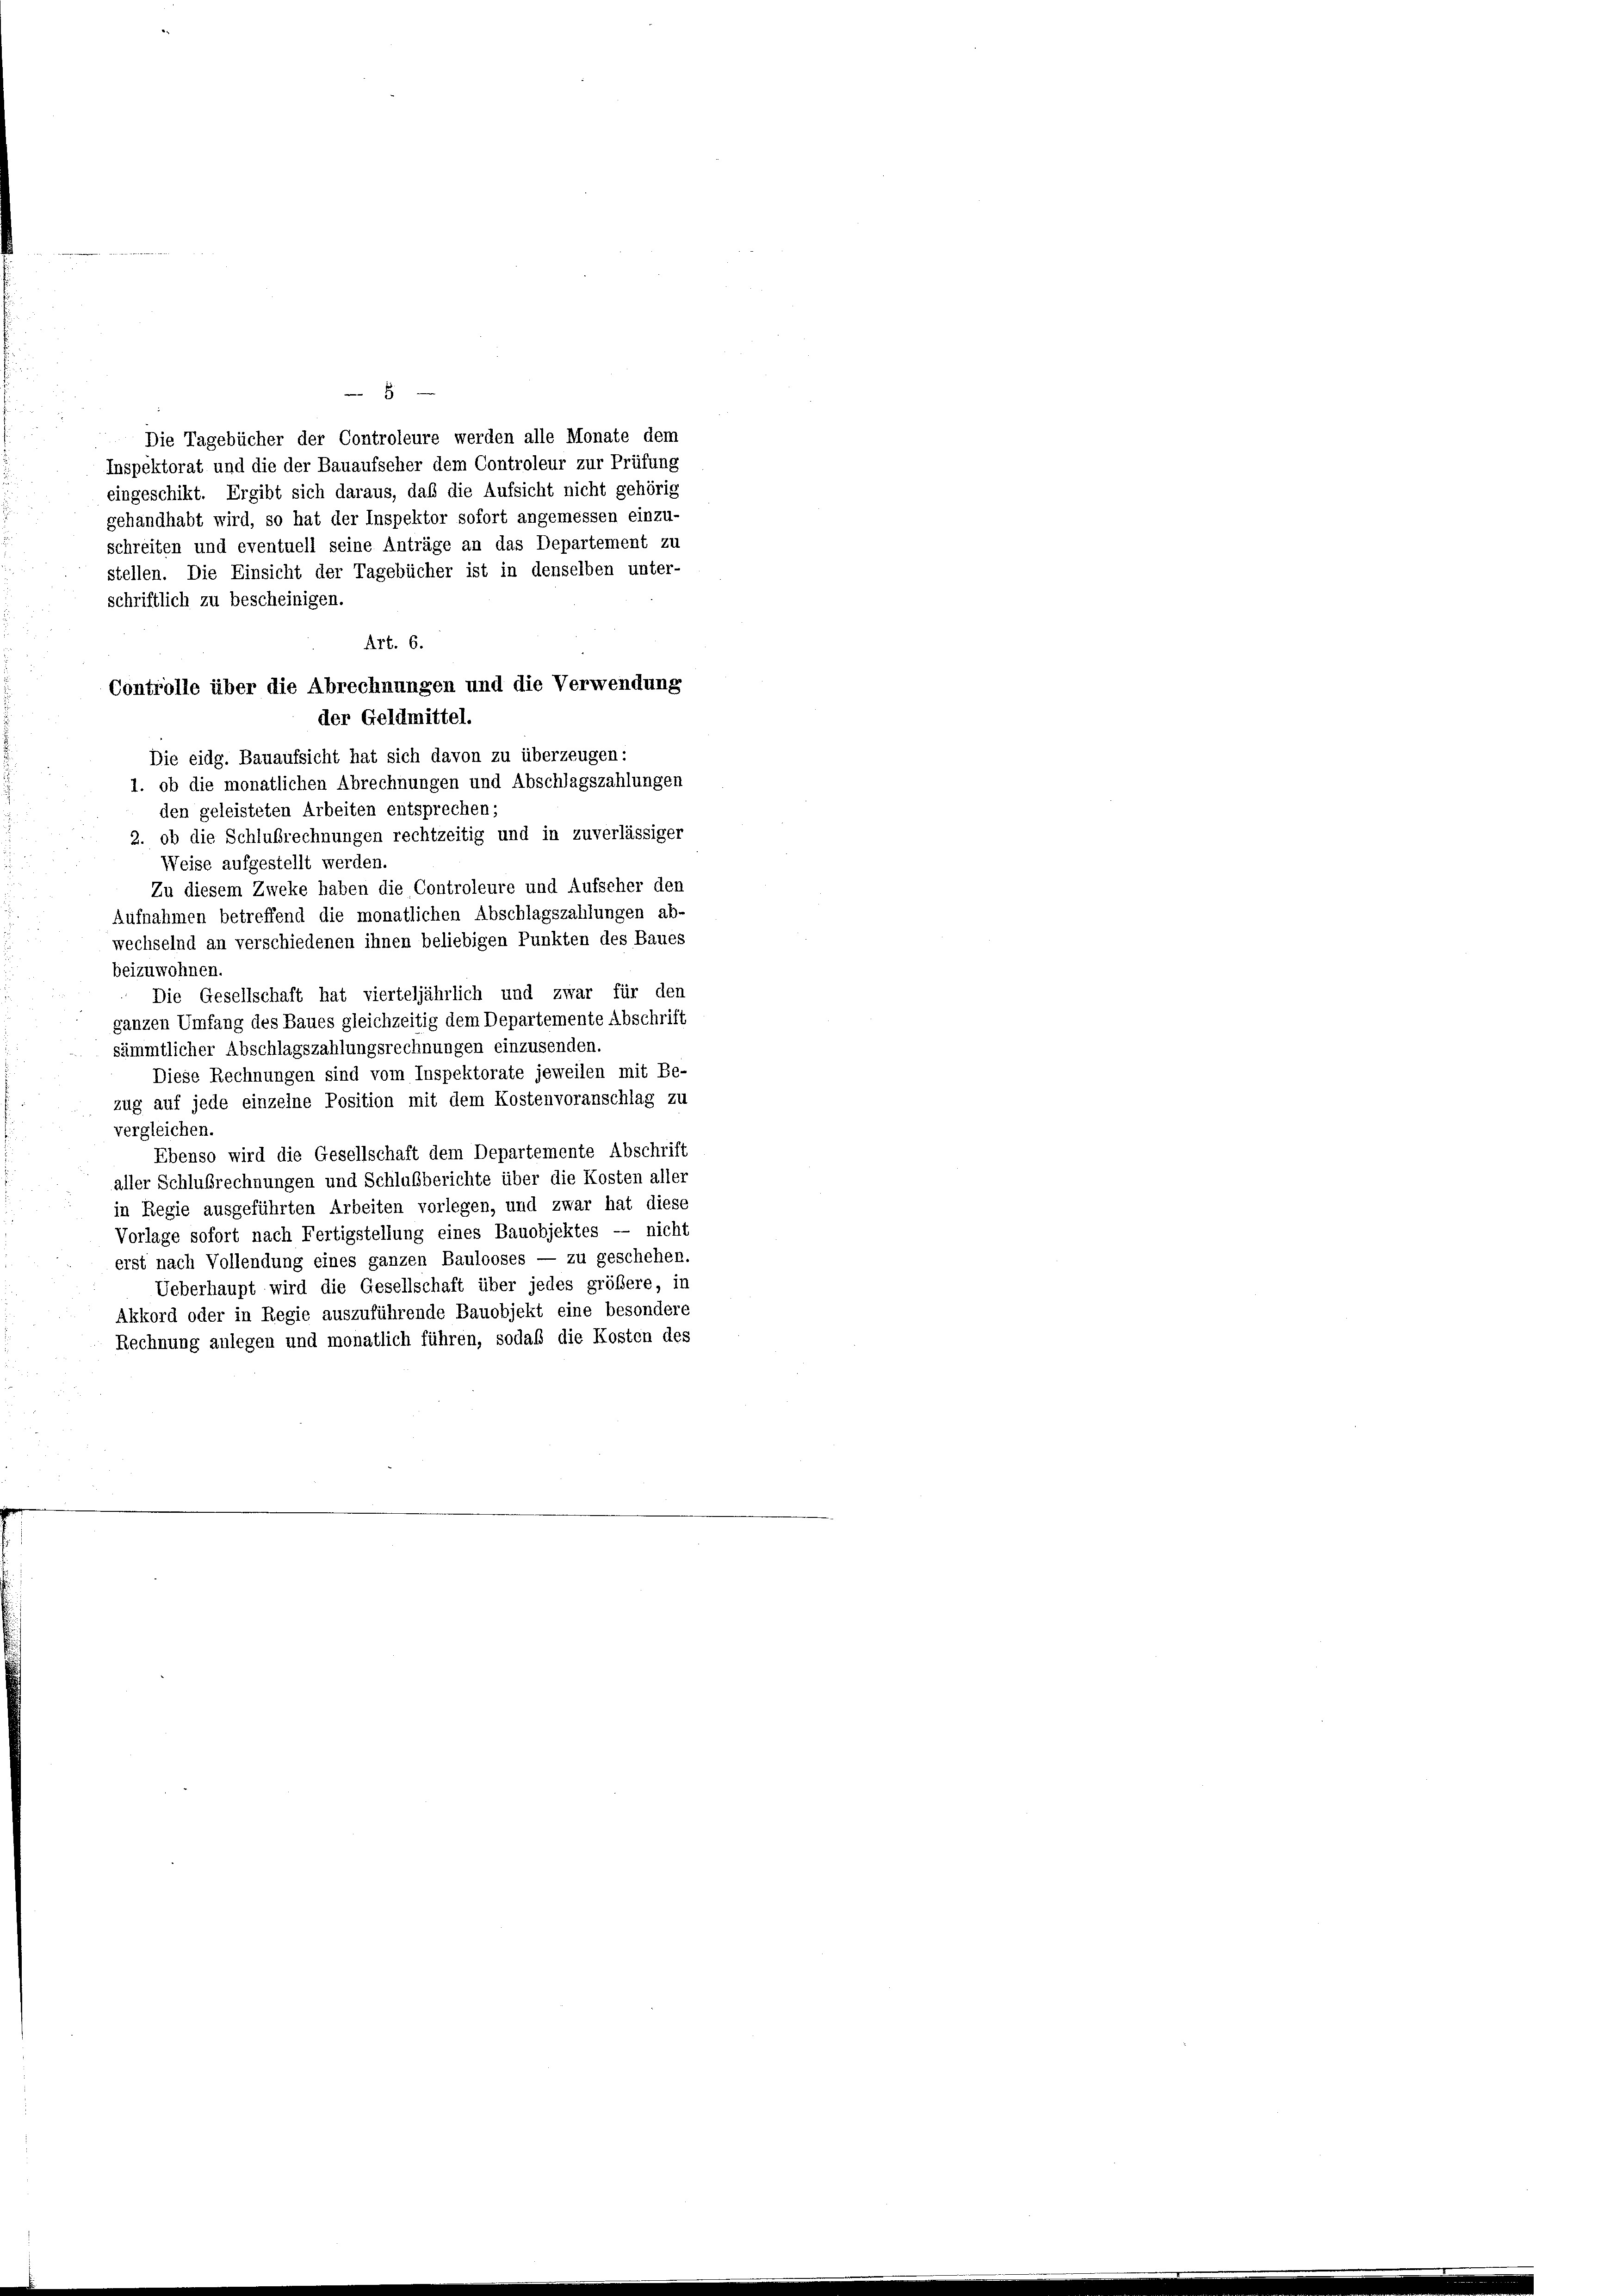
5
Die Tagebücher der Controleure werden alle Monate dem
Inspektorat und die der Bauaufseher dem Controleur zur Prüfung
eingeschikt. Ergibt sich daraus, daß die Aufsicht nicht gehörig
gehandhabt wird, so hat der Inspektor sofort angemessen einzu-
schreiten und eventuell seine Anträge an das Departement zu
stellen. Die Einsicht der Tagebücher ist in denselben unter-
Aufnahmen betreffend die monatlichen Abschlagszahlungen ab-
wechselnd an verschiedenen ihnen beliebigen Punkten des Baues
beizuwohnen.
Die Gesellschaft hat vierteljährlich und zwar für den
ganzen Umfang des Baues gleichzeitig dem Departemente Abschrift
sämmtlicher Abschlagszahlungsrechnungen einzusenden.
Diese Rechnungen sind vom Inspektorate jeweilen mit Be-
zug auf jede einzelne Position mit dem Kostenvoranschlag zu
vergleichen.
Ebenso wird die Gesellschaft dem Departemente Abschrift
aller Schlußrechnungen und Schlußberichte über die Kosten aller
in Regie ausgeführten Arbeiten vorlegen, und zwar hat diese
Vorlage sofort nach Fertigstellung eines Bauobjektes — nicht
erst nach Vollendung eines ganzen Baulooses — zu geschehen.
Ueberhaupt wird die Gesellschaft über jedes größere, in
Akkord oder in Regie auszuführende Bauobjekt eine besondere
Rechnung anlegen und monatlich führen, sodaß die Kosten des

Art. 6.
Controlle über die Abrechnungen und die Verwendung
der Geldmittel.
Die eidg. Bauaufsicht hat sich davon zu überzeugen:
1. ob die monatlichen Abrechnungen und Abschlagszahlungen
den geleisteten Arbeiten entsprechen;
2. ob die Schlußrechnungen rechtzeitig und in zuverlässiger
Weise aufgestellt werden.
Zu diesem Zweke haben die Controleure und Aufscher den

schriftlich zu bescheinigen.